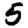
Digit: 5